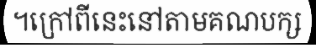
។ក្រៅពីនេះនៅតាមគណបក្ស